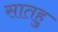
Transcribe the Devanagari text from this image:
सातहु